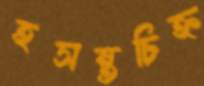
হসন্তচিহ্ন